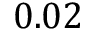
0 . 0 2